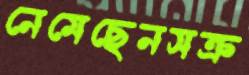
নেমেছেনসক্র